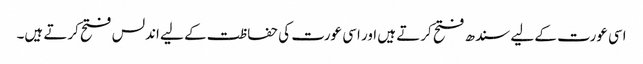
اسی عورت کے لیے سندھ فتح کرتے ہیں اور اسی عورت کی حفاظت کے لیے اندلس فتح کرتے ہیں۔